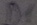
Text: D1